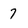
Character: 7